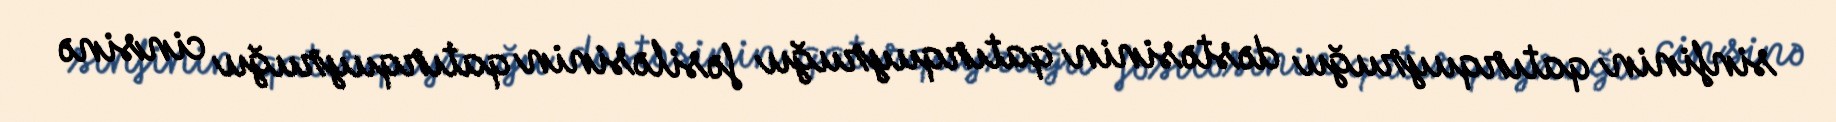
sinfinin qatırquyruğu dəstəsinin qatırquyruğu fəsiləsinin qatırquyruğu cinsinə